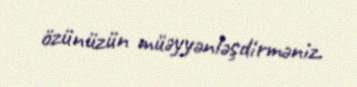
özünüzün müəyyənləşdirməniz.